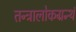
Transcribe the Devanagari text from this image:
तन्त्रालोकग्रन्थं